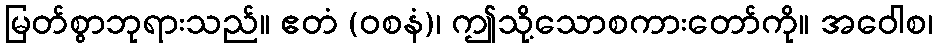
မြတ်စွာဘုရားသည်။ ဧတံ (ဝစနံ)၊ ဤသို့သောစကားတော်ကို။ အဝေါစ၊